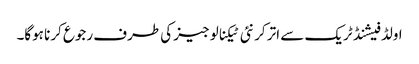
اولڈ فیشنڈ ٹریک سے اتر کر نئی ٹیکنالوجیز کی طرف رجوع کرنا ہوگا۔